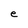
Character: e